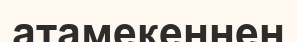
атамекеннен